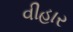
વીહાર